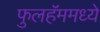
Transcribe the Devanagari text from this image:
फुलहॅममध्ये